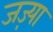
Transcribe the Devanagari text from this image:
जज़्या